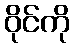
ဝိုင်ကို